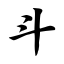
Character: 斗